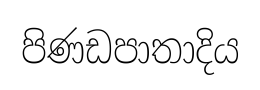
පිණඩපාතාදිය